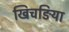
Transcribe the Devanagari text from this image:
खिचङिया